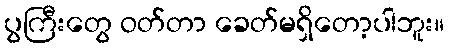
ပွကြီးတွေ ဝတ်တာ ခေတ်မရှိတော့ပါဘူး။